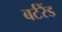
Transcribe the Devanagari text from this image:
बर्टरैंड